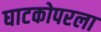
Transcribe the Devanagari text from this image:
घाटकोपरला